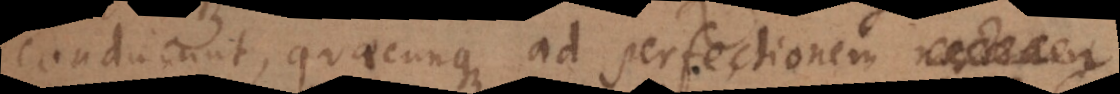
conducunt, quaecunque ad perfectionem